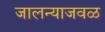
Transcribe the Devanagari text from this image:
जालन्याजवळ